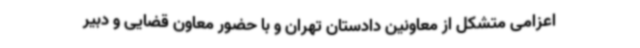
اعزامی متشکل از معاونین دادستان تهران و با حضور معاون قضایی و دبیر